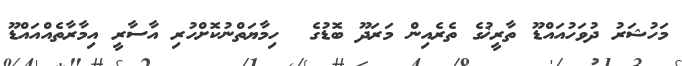
މަހުޝަރު ދުވަހުއައްޑޫ ތާރީޚުގެ ތެރެއިން މަރަދޫ ބޮޑުގެ  ހިމާޔަތްނުކޮށްހުރި އާސާރީ އިމާރާތެއްއައްޑޫ